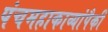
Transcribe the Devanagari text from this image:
पंचमहाकाव्यांपैकी